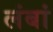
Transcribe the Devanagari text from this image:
लंबां